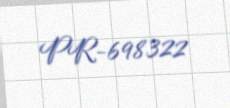
PR-698322